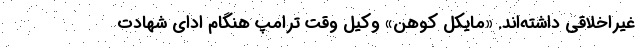
غیراخلاقی داشته‌اند. «مایکل کوهن» وکیل وقت ترامپ هنگام ادای شهادت